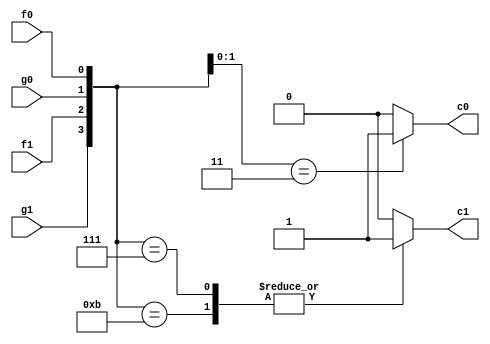
/*******************************************************************
  Basic operating unit necessary in polynomial inversion on R_3.
  
  Author: Bo-Yuan Peng       bypeng@crypto.tw
          Wei-Chen Bai       go90405@yahoo.com.tw
  Copyright 2021 Academia Sinica

  Version Info:
     Jun.17,2019: 0.1.0 Design ready.

  This file is part of sntrup761_fcl.

  The RTL is free software: you can redistribute it and/or
  modify it under the terms of the GNU Lesser General Public License
  as published by the Free Software Foundation, either version 2.1 of
  the License, or (at your option) any later version.

  The RTL is distributed in the hope that it will be useful,
  but WITHOUT ANY WARRANTY; without even the implied warranty of
  MERCHANTABILITY or FITNESS FOR A PARTICULAR PURPOSE. See the GNU
  General Public License for more details.

  You should have received a copy of the GNU Lesser General Public
  License along with this program.
  If not, see <https://www.gnu.org/licenses/>.
 *******************************************************************/

module f0_times_g0(f0,f1,g0,g1,c0,c1);

input f0;
input f1;
input g0;
input g1;

wire [3:0] sol = {g1,f1,g0,f0};

output reg c0;
output reg c1;

/*
assign c0 = f0 & g0;
assign c1 = (f1 ^ g1) & (f0 & g0);
*/

always@(*)
begin
	case(sol[1:0])
		3: c0 = 1;
		default: c0 = 0;
	endcase
end

always@(*)
begin
	case(sol)
		7,11: c1 = 1;
		default: c1 = 0;
	endcase
end


endmodule